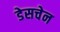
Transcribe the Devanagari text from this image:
डेसचेन